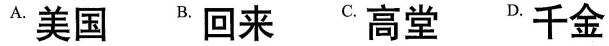
A. 美国 B. 回来 C. 高堂 D. 千金